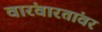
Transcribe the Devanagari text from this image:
वारंवारतांवर